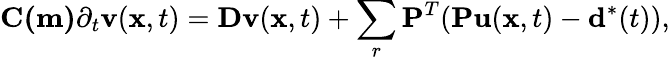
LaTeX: \mathbf{C(m)}\partial_{t}\mathbf{v}(\mathbf{x},t)=\mathbf{Dv}(\mathbf{x},t)+\sum_{r}\mathbf{P}^{T}(\mathbf{Pu}(\mathbf{x},t)-\mathbf{d}^{*}(t)),